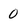
Character: 0